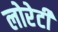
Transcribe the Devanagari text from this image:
लोरेटी